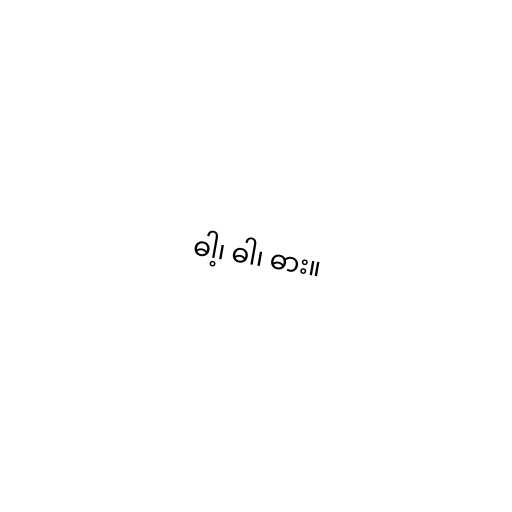
ဓါ့၊ ဓါ၊ ဓား။